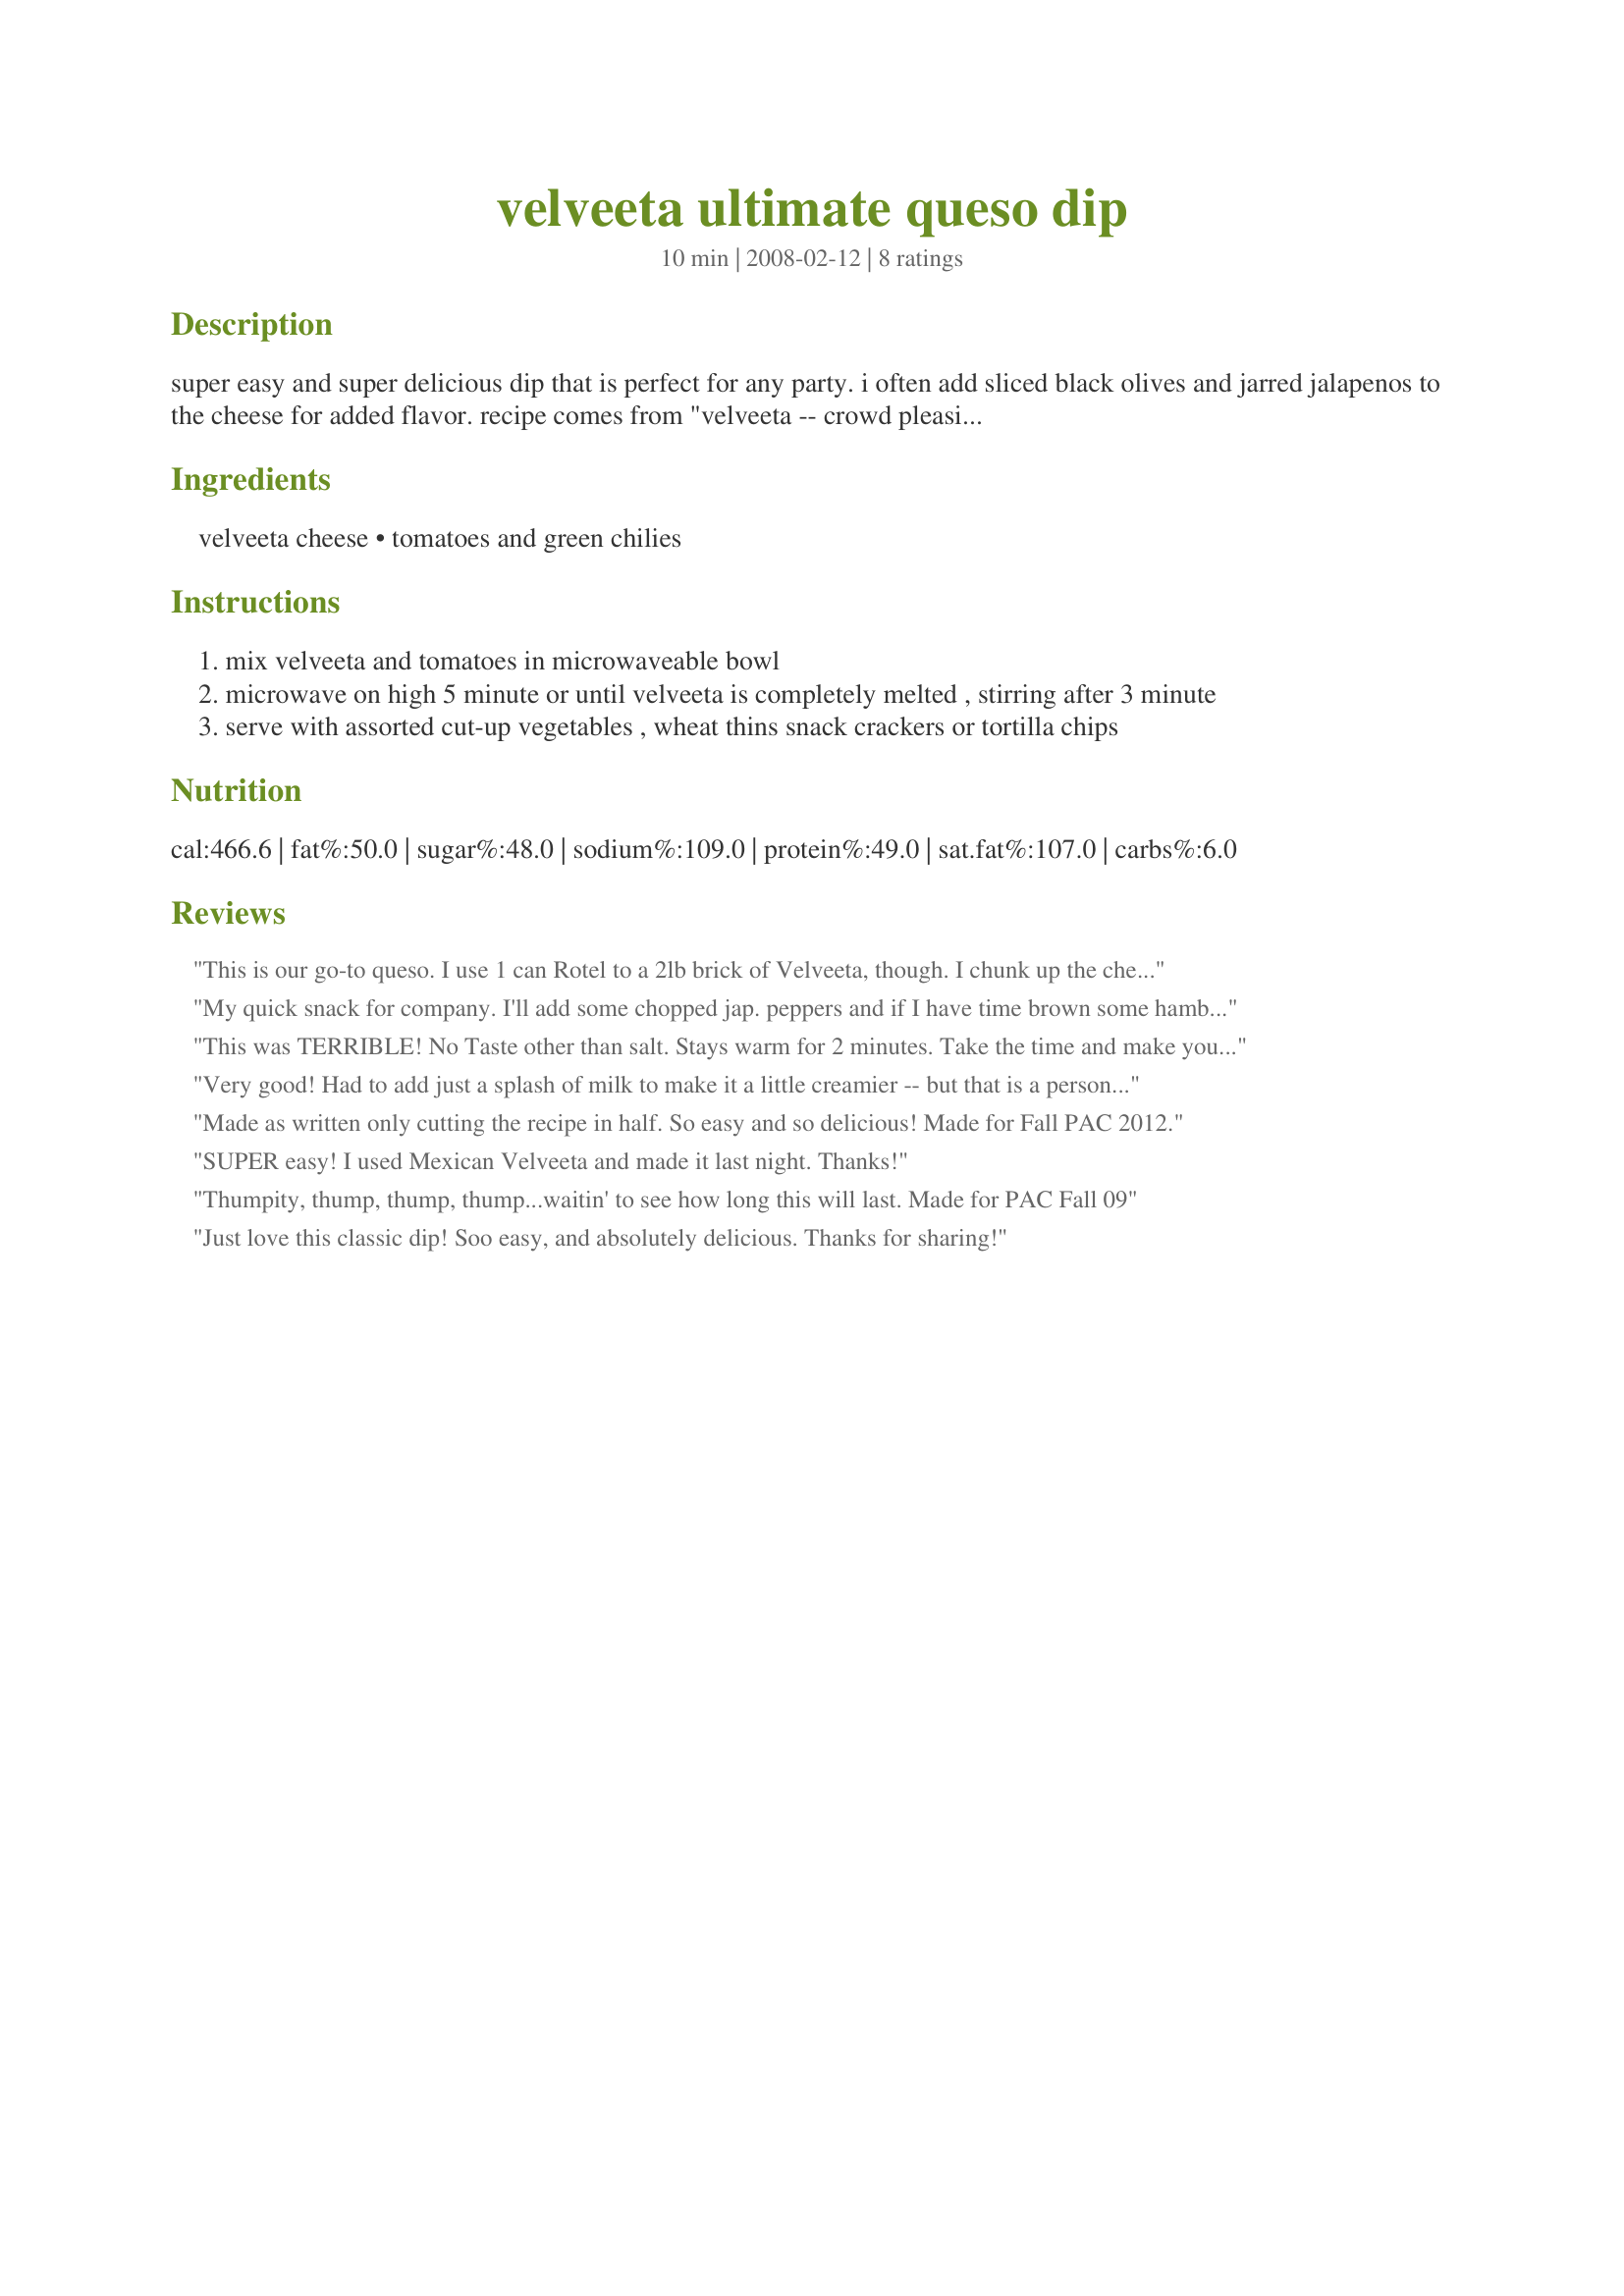
velveeta ultimate queso dip
Preparation time: 10 minutes

super easy and super delicious dip that is perfect for any party. i often add sliced black olives and jarred jalapenos to the cheese for added flavor. recipe comes from "velveeta -- crowd pleasing recipes".

Ingredients:
velveeta cheese, tomatoes and green chilies

Steps:
mix velveeta and tomatoes in microwaveable bowl
microwave on high 5 minute or until velveeta is completely melted , stirring after 3 minute
serve with assorted cut-up vegetables , wheat thins snack crackers or tortilla chips

Reviews:
This is our go-to queso. I use 1 can Rotel to a 2lb brick of Velveeta, though. I chunk up the cheese and put it and the Rotel in the crockpot 1 hour before it is needed.
My quick snack for company. I'll add some chopped jap. peppers and if I have time brown some hamburger and chop it up real fine and add. Thanks!!
This was TERRIBLE! No Taste other than salt. Stays warm for 2 minutes. Take the time and make your own with REAL CHEESE! If you think this is 5 stars then you must eat Ox tails for steak!
Very good! Had to add just a splash of milk to make it a little creamier -- but that is a personal taste. Thanks for sharing, will make again :)
Made as written only cutting the recipe in half. So easy and so delicious! Made for Fall PAC 2012.
SUPER easy! I used Mexican Velveeta and made it last night. Thanks!
Thumpity, thump, thump, thump...waitin' to see how long this will last. Made for PAC Fall 09
Just love this classic dip! Soo easy, and absolutely delicious. Thanks for sharing!
